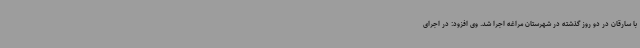
با سارقان در دو روز گذشته در شهرستان مراغه اجرا شد. وی افزود: در اجرای